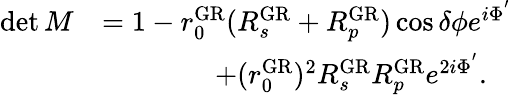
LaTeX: \begin{array}{rl}{\operatorname*{det}M}&{=1-r_{0}^{\mathrm{GR}}(R_{s}^{\mathrm{GR}}+R_{p}^{\mathrm{GR}})\cos\delta\phi e^{i\Phi^{'}}}\\ &{\qquad\qquad+(r_{0}^{\mathrm{GR}})^{2}R_{s}^{\mathrm{GR}}R_{p}^{\mathrm{GR}}e^{2i\Phi^{'}}.}\end{array}